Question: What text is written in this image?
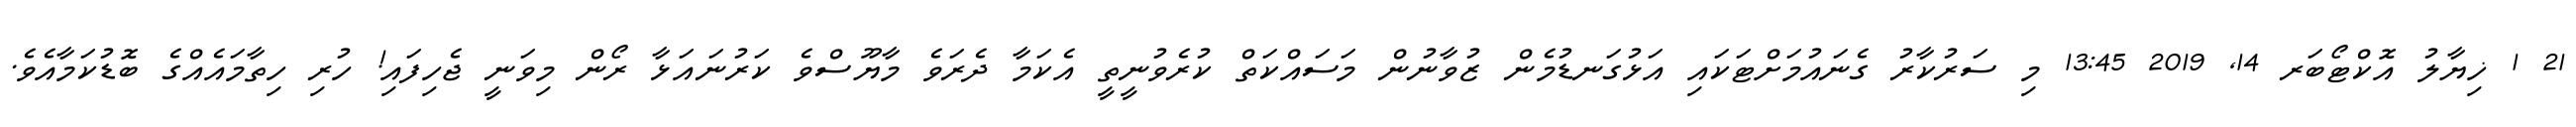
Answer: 21 1 ޚިޔާލު އޮކްޓޯބަރ 14, 2019 13:45 މި ސަރުކާރު ގެނައުމަށްޓަކައި އަޅުގަނޑުމެން ޒުވާނުން މަސައްކަތް ކުރެވުނީތީ އެކަމާ ދެރަވެ މާޔޫސްވެ ކަރުނައަޅާ ރޯން މިވަނީ ޖެހިފައި! ހުރި ހިތާމައެއްގެ ބޮޑުކަމާއެވެ.